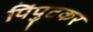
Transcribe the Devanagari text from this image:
पिंपुटकर